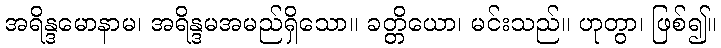
အရိန္ဒမောနာမ၊ အရိန္ဒမအမည်ရှိသော။ ခတ္တိယော၊ မင်းသည်။ ဟုတွာ၊ ဖြစ်၍။